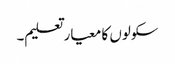
سکولوں کا معیار تعلیم۔